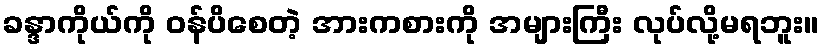
ခန္ဒာကိုယ်ကို ဝန်ပိစေတဲ့ အားကစားကို အများကြီး လုပ်လို့မရဘူး။